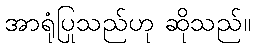
အာရုံပြုသည်ဟု ဆိုသည်။